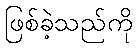
ဖြစ်ခဲ့သည်ကို